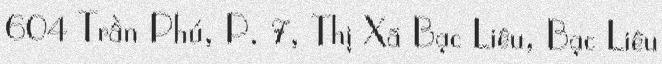
604 Trần Phú, P. 7, Thị Xã Bạc Liêu, Bạc Liêu